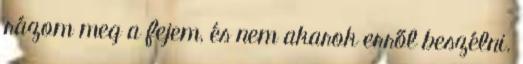
rázom meg a fejem, és nem akarok erről beszélni.